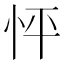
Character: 怦